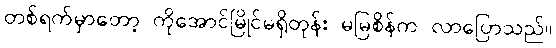
တစ်ရက်မှာတော့ ကိုအောင်မြိုင်မရှိတုန်း မမြစိန်က လာပြောသည်။